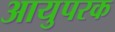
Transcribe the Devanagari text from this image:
आयुपरक